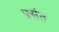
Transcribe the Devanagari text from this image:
प्रसंत